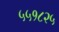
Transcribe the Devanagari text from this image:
५५१८२५